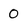
Character: O